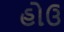
હોઉ